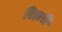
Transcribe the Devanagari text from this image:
रिहारी